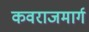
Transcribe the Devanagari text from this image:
कवराजमार्ग